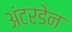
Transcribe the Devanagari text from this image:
अंटरडेन